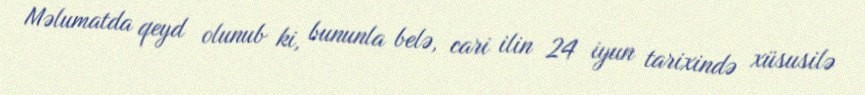
Məlumatda qeyd olunub ki, bununla belə, cari ilin 24 iyun tarixində xüsusilə